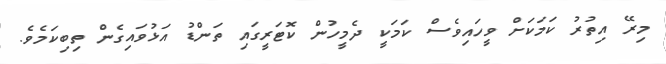
މިރޭ އިތުރު ކަމަކަށް ވީހައިވެސް ކަމަކީ ދެމީހުން ކޮޓަރީގައި ތަންޑު އަޅުވައިގެން ތިބިކަމެވެ.